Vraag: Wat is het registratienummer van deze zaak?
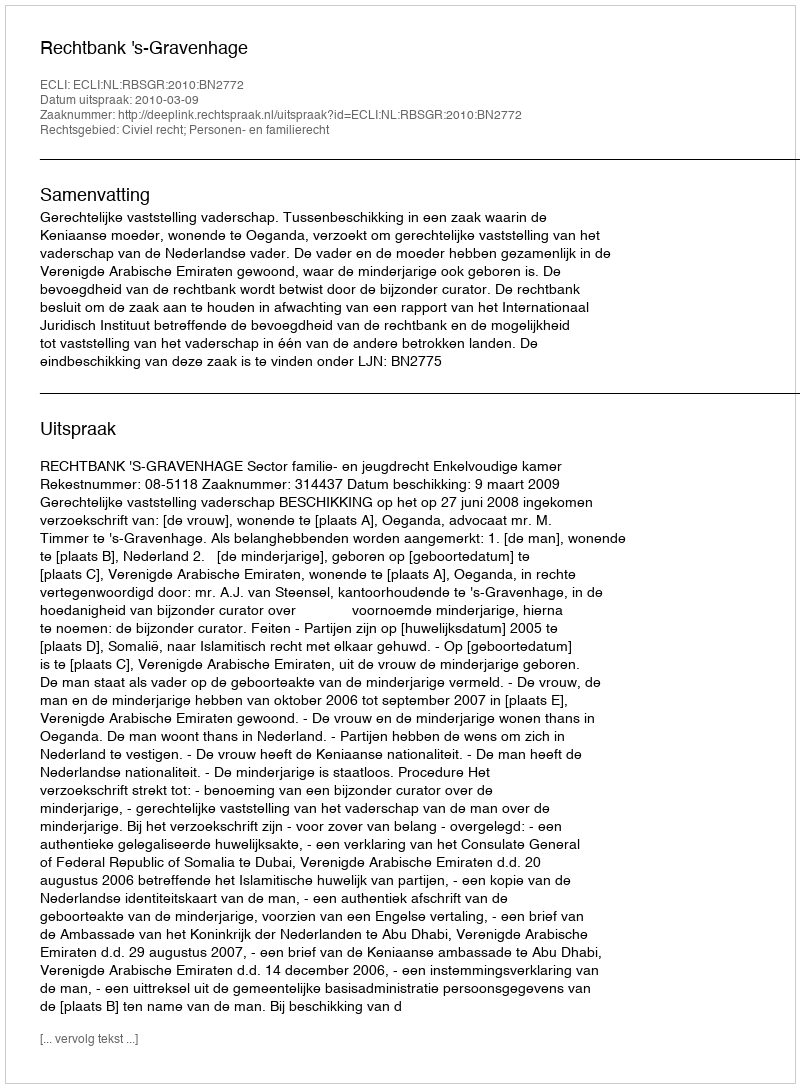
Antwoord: http://deeplink.rechtspraak.nl/uitspraak?id=ECLI:NL:RBSGR:2010:BN2772